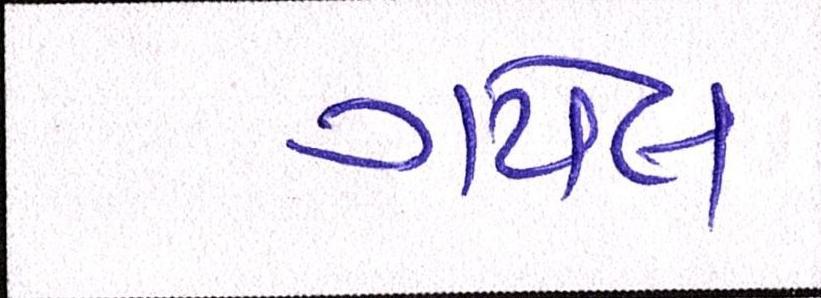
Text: ગયેલ